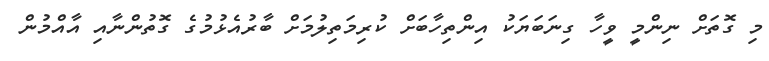
މި ގޮތަށް ނިންމީ ވީހާ ގިނަބަޔަކު އިންތިހާބަށް ކުރިމަތިލުމަށް ބާރުއެޅުމުގެ ގޮތުންނާއި އާއްމުން